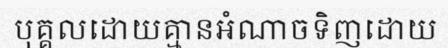
បុគ្គលដោយគ្មានអំណាចទិញដោយ